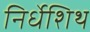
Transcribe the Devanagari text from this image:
निर्धेशिथ